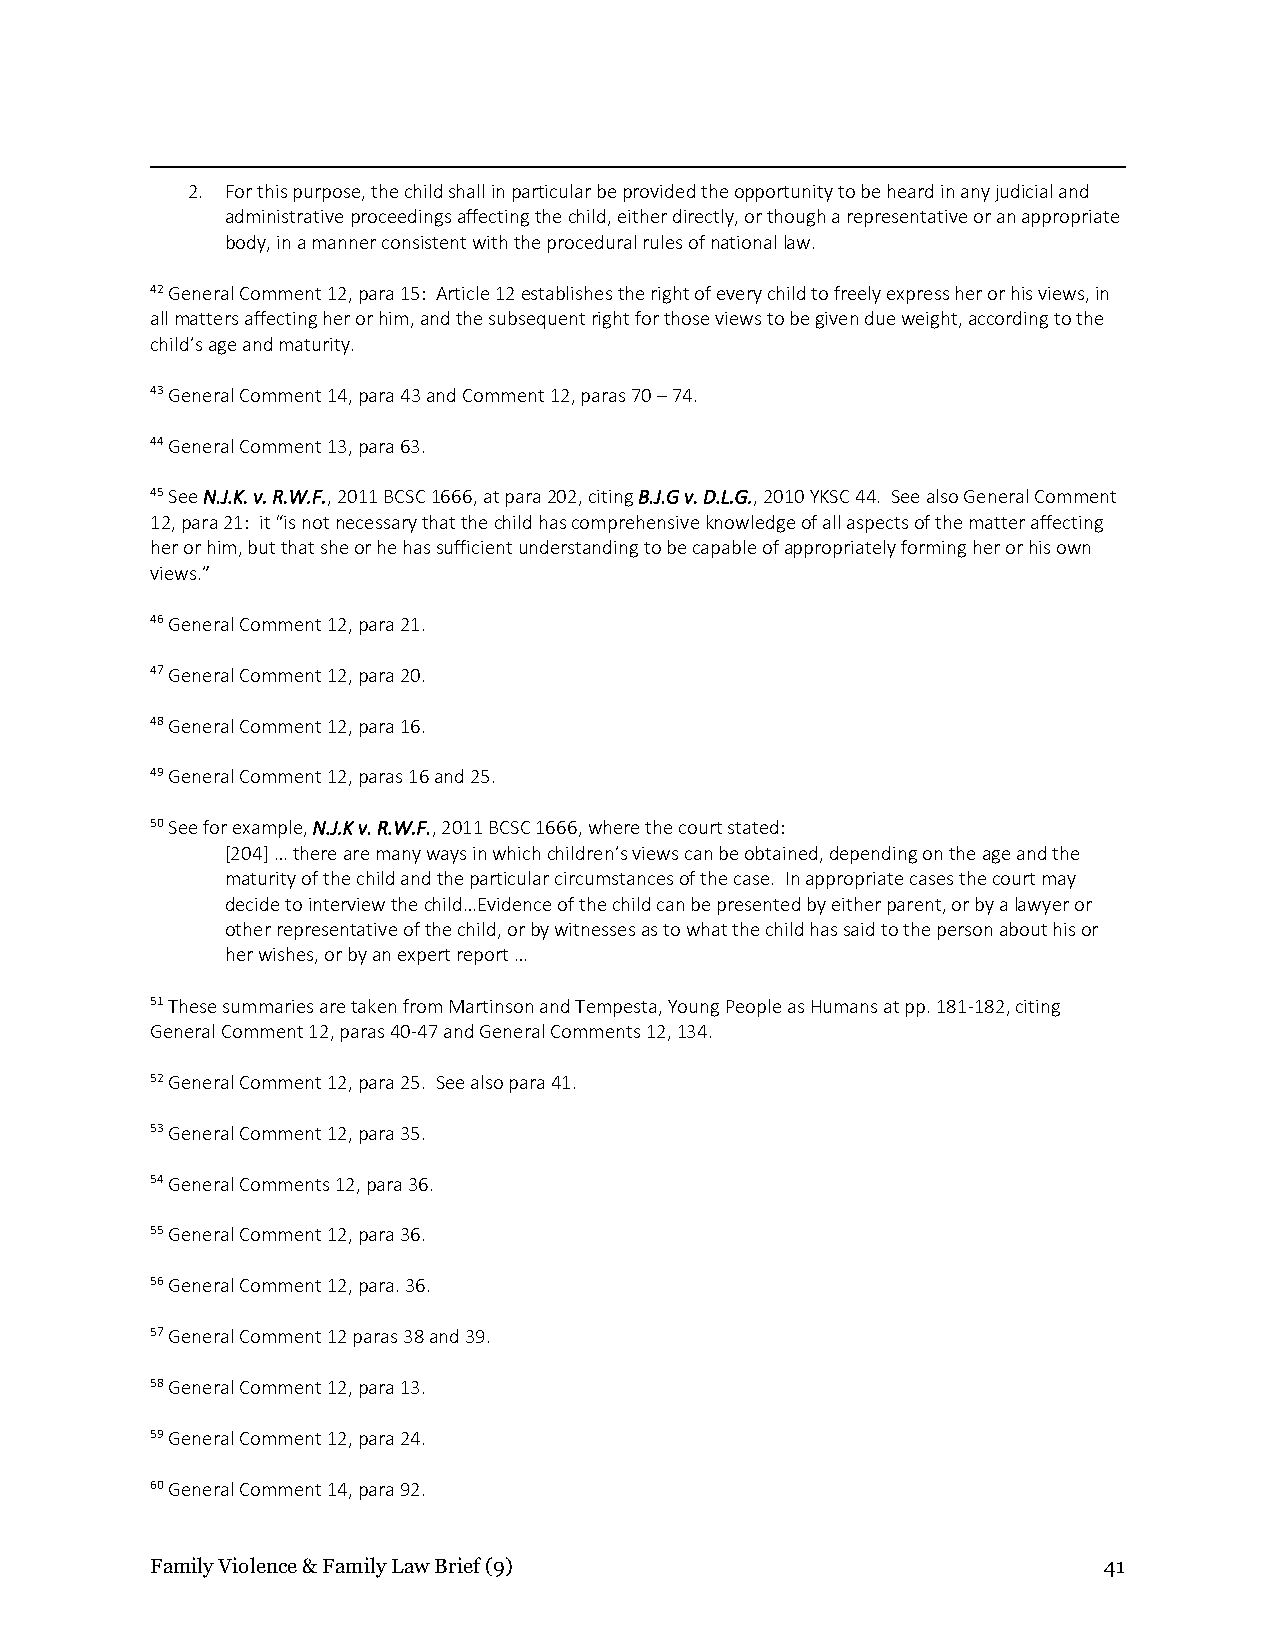
2. For this purpose, the child shall in particular be provided the opportunity to be heard in any judicial and
 administrative proceedings affecting the child, either directly, or though a representative or an appropriate
 body, in a manner consistent with the procedural rules of national law.
 42 General Comment 12, para 15: Article 12 establishes the right of every child to freely express her or his views, in
 all matters affecting her or him, and the subsequent right for those views to be given due weight, according to the
 child’s age and maturity.
 43 General Comment 14, para 43 and Comment 12, paras 70 – 74.
 44 General Comment 13, para 63.
 45 See N.J.K. v. R.W.F., 2011 BCSC 1666, at para 202, citing B.J.G v. D.L.G., 2010 YKSC 44. See also General Comment
 12, para 21: it “is not necessary that the child has comprehensive knowledge of all aspects of the matter affecting
 her or him, but that she or he has sufficient understanding to be capable of appropriately forming her or his own
 views.”
 46 General Comment 12, para 21.
 47 General Comment 12, para 20.
 48 General Comment 12, para 16.
 49 General Comment 12, paras 16 and 25.
 50 See for example, N.J.K v. R.W.F., 2011 BCSC 1666, where the court stated:
 [204] … there are many ways in which children’s views can be obtained, depending on the age and the
 maturity of the child and the particular circumstances of the case. In appropriate cases the court may
 decide to interview the child…Evidence of the child can be presented by either parent, or by a lawyer or
 other representative of the child, or by witnesses as to what the child has said to the person about his or
 her wishes, or by an expert report …
 51 These summaries are taken from Martinson and Tempesta, Young People as Humans at pp. 181-182, citing
 General Comment 12, paras 40-47 and General Comments 12, 134.
 52 General Comment 12, para 25. See also para 41.
 53 General Comment 12, para 35.
 54 General Comments 12, para 36.
 55 General Comment 12, para 36.
 56 General Comment 12, para. 36.
 57 General Comment 12 paras 38 and 39.
 58 General Comment 12, para 13.
 59 General Comment 12, para 24.
 60 General Comment 14, para 92.
 Family Violence & Family Law Brief (9)                         41